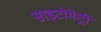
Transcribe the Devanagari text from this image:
साइटोमेट्री